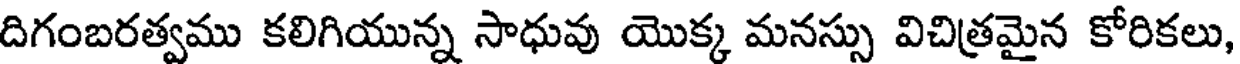
దిగంబరత్వము కలిగియున్న సాధువు యొక్క మనస్సు విచిత్రమైన కోరికలు,